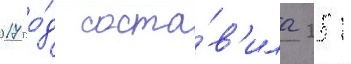
2017 го́д соста́в'ила 251